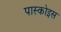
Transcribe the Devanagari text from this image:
पास्कोइस